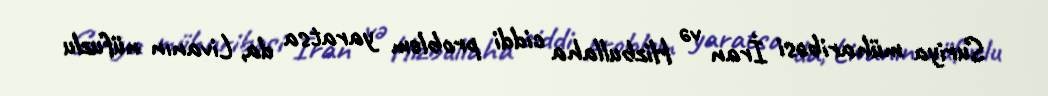
Suriya müharibəsi İran və Hizbullaha ciddi problem yaratsa da, Livanın nüfuzlu